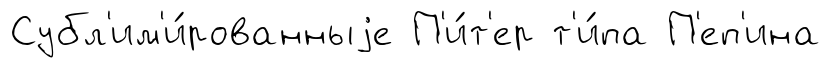
Субл'им'и́рованныjе П'и́т'ер т'и́па П'еп'ина